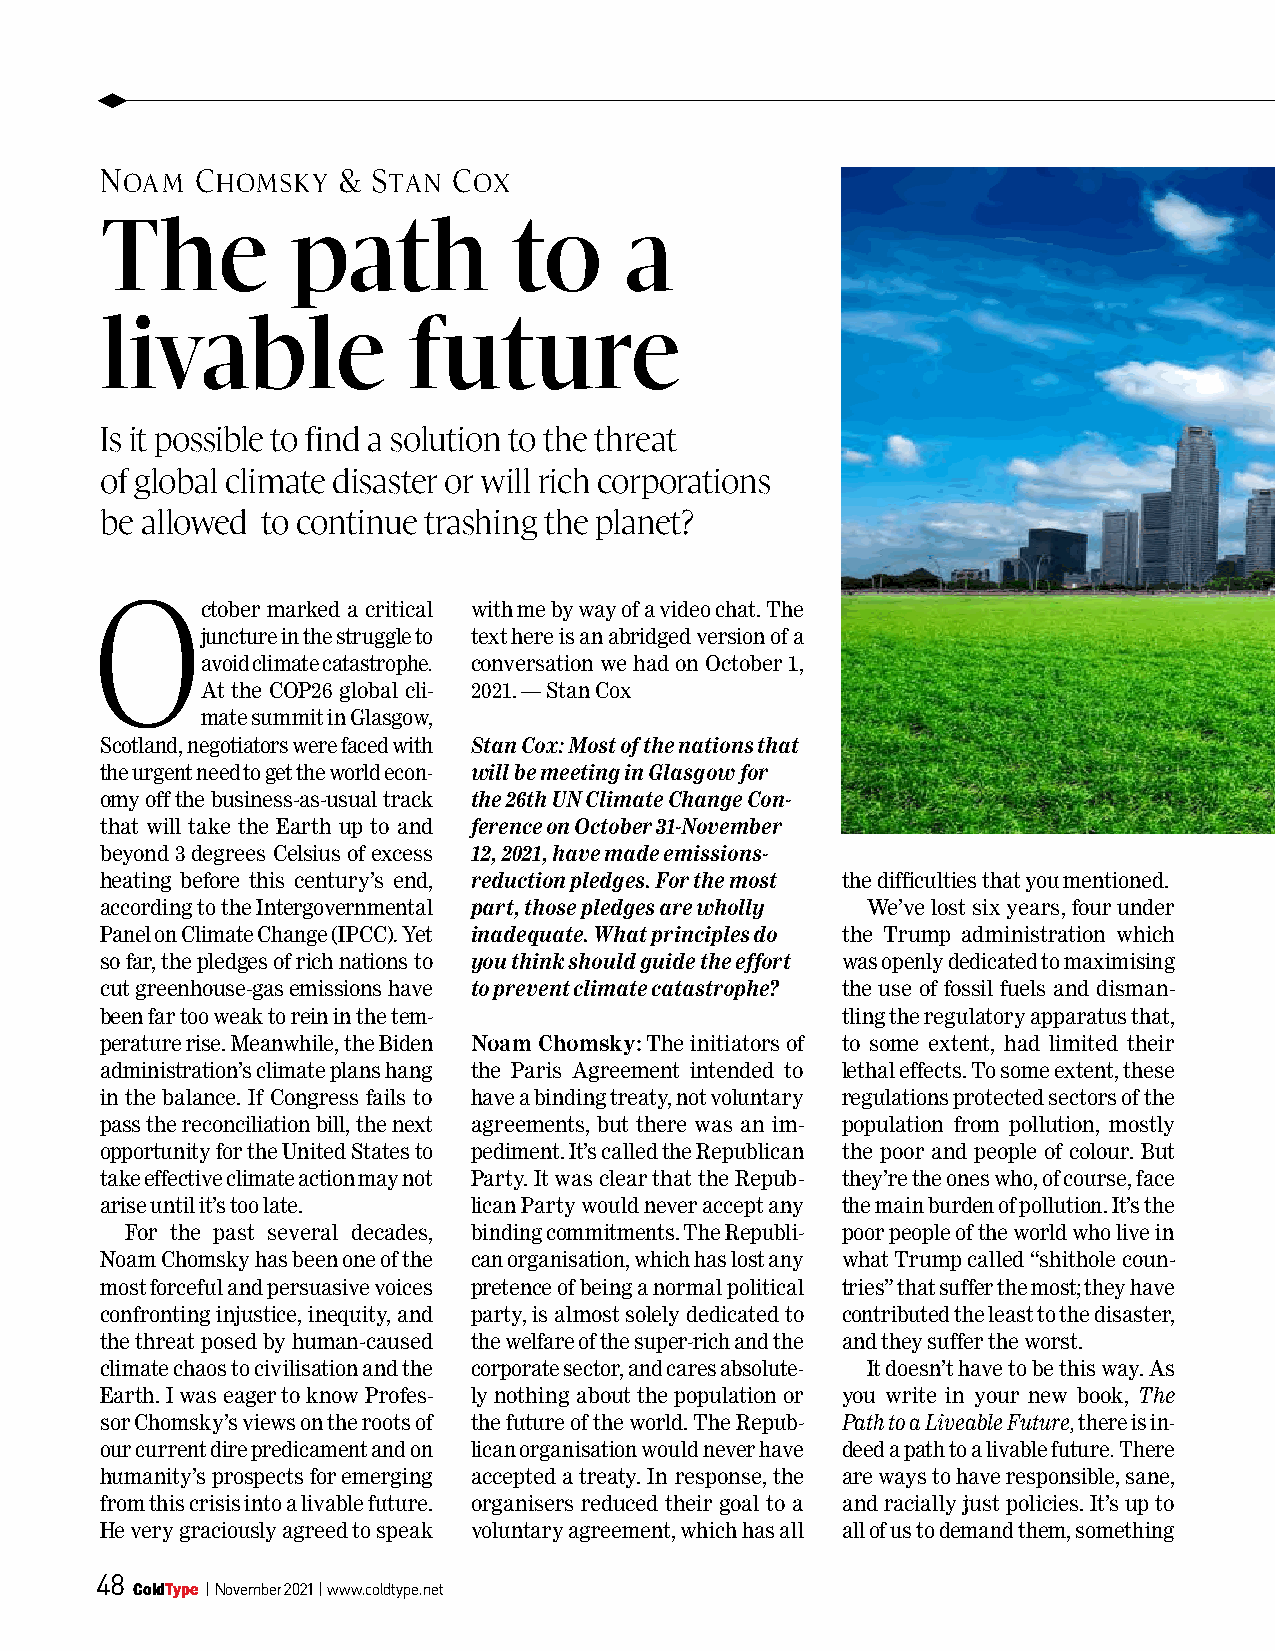
u
 Noam  Chomsky  &  staN Cox
 The         path           to     a
 livable             future
 Is it possible to find a solution to the threat
 of global climate disaster or will rich corporations
 be allowed to continue trashing the planet?
 O
 ctober marked a critical with me by way of a video chat. The
 juncture in the struggle to text here is an abridged version of a
 avoid climate catastrophe. conversation we had on October 1,
 At the COP26 global cli- 2021. — Stan Cox
 mate summit in Glasgow,
 Scotland, negotiators were faced with Stan Cox: Most of the nations that
 the urgent need to get the world econ- will be meeting in Glasgow for
 omy off the business-as-usual track the 26th UN Climate Change Con-
 that will take the Earth up to and ference on October 31-November
 beyond 3 degrees Celsius of excess 12, 2021, have made emissions-
 heating before this century’s end, reduction pledges. For the most the difficulties that you mentioned.
 according to the Intergovernmental part, those pledges are wholly We’ve lost six years, four under
 Panel on Climate Change (IPCC). Yet inadequate. What principles do the Trump administration which
 so far, the pledges of rich nations to you think should guide the effort was openly dedicated to maximising
 cut greenhouse-gas emissions have to prevent climate catastrophe? the use of fossil fuels and disman-
 been far too weak to rein in the tem-            tling the regulatory apparatus that,
 perature rise. Meanwhile, the Biden Noam Chomsky: The initiators of to some extent, had limited their
 administration’s climate plans hang the Paris Agreement intended to lethal effects. To some extent, these
 in the balance. If Congress fails to have a binding treaty, not voluntary regulations protected sectors of the
 pass the reconciliation bill, the next agreements, but there was an im- population from pollution, mostly
 opportunity for the United States to pediment. It’s called the Republican the poor and people of colour. But
 take effective climate action may not Party. It was clear that the Repub- they’re the ones who, of course, face
 arise until it’s too late. lican Party would never accept any the main burden of pollution. It’s the
 For the past several decades, binding commitments. The Republi- poor people of the world who live in
 Noam Chomsky has been one of the can organisation, which has lost any what Trump called “shithole coun-
 most forceful and persuasive voices pretence of being a normal political tries” that suffer the most; they have
 confronting injustice, inequity, and party, is almost solely dedicated to contributed the least to the disaster,
 the threat posed by human-caused the welfare of the super-rich and the and they suffer the worst.
 climate chaos to civilisation and the corporate sector, and cares absolute- It doesn’t have to be this way. As
 Earth. I was eager to know Profes- ly nothing about the population or you write in your new book, The
 sor Chomsky’s views on the roots of the future of the world. The Repub- Path to a Liveable Future, there is in-
 our current dire predicament and on lican organisation would never have deed a path to a livable future. There
 humanity’s prospects for emerging accepted a treaty. In response, the are ways to have responsible, sane,
 from this crisis into a livable future. organisers reduced their goal to a and racially just policies. It’s up to
 He very graciously agreed to speak voluntary agreement, which has all all of us to demand them, something
 48
 ColdType | November 2021 | www.coldtype.net